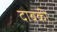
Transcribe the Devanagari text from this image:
दाबकी